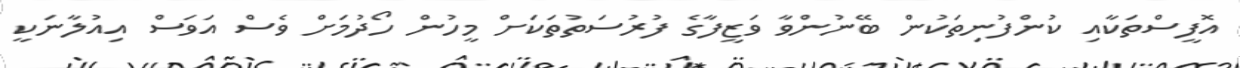
އޮފީސްތަކާއި ކުންފުނިތަކުން ބޭނުންވާ ވަޒީފާގެ ފުރުސަތުތަކަށް މީހުން ހޯދުމަށް ވެސް އަވަސް އިއުލާނަކީ